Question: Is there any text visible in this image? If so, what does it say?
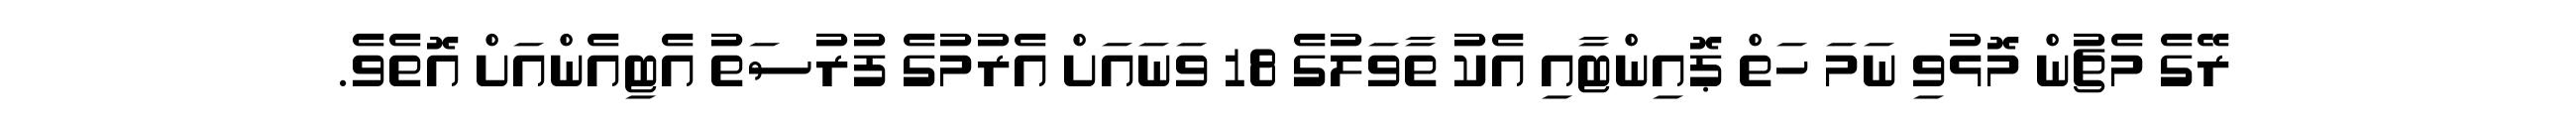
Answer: ރޭގެ މެޗުން މޮޅުވި ނަމަ ހަތް ޕޮއިންޓާއި އެކު ތާވަލުގެ 18 ވަނައަށް އެރުމުގެ ފުރުސަތު އެޓިއެންއަށް އޮތެވެ.